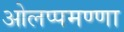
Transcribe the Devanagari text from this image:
ओलप्पमण्णा